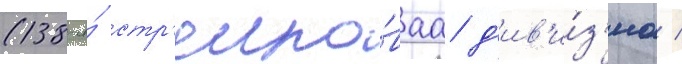
(138-я́ стр'елко́ваа д'ив'и́з'иа /